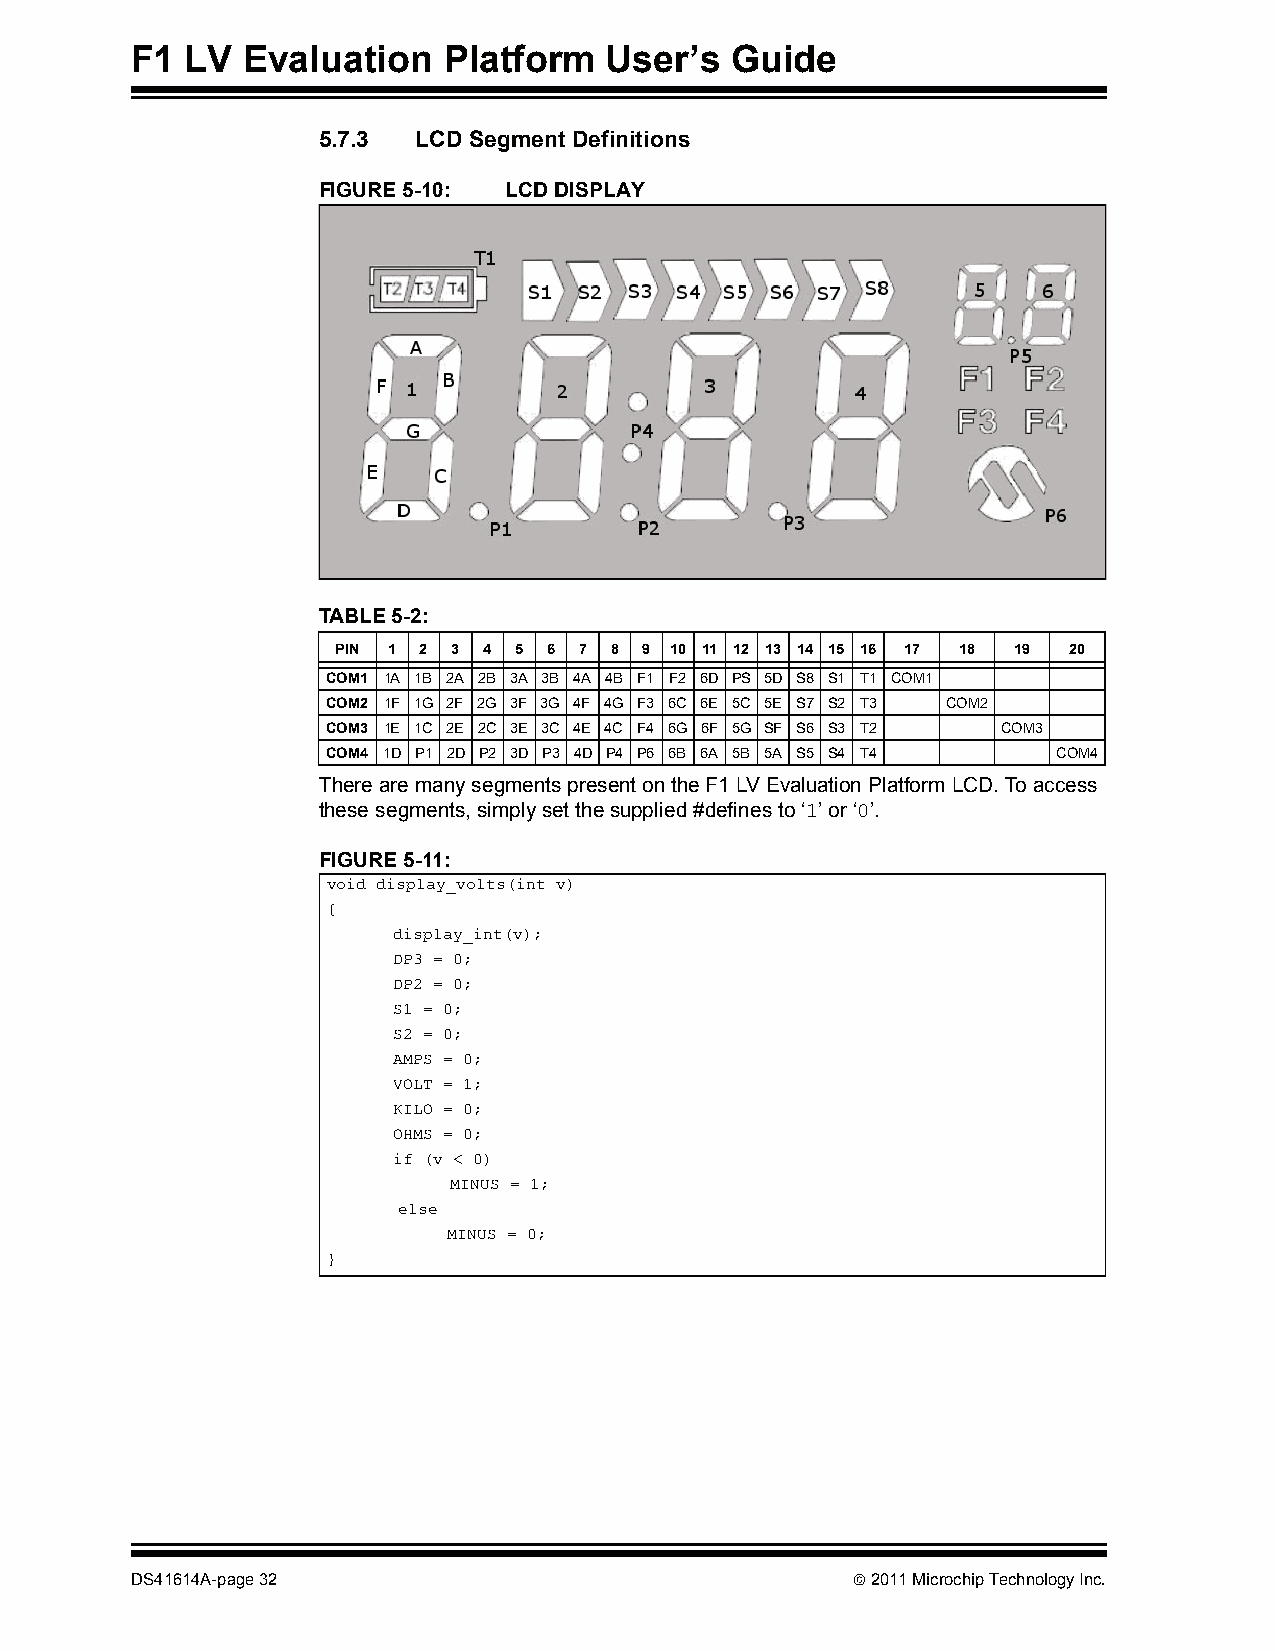
F1 LV  Evaluation   Platform   User’s  Guide
 5.7.3  LCD Segment Definitions
 FIGURE 5-10: LCD DISPLAY
 TABLE 5-2:
 PIN 1 2 3 4 5 6 7 8  9 10 11 12 13 14 15 16 17 18 19 20
 COM1 1A 1B 2A 2B 3A 3B 4A 4B F1 F2 6D PS 5D S8 S1 T1 COM1
 COM2 1F 1G 2F 2G 3F 3G 4F 4G F3 6C 6E 5C 5E S7 S2 T3 COM2
 COM3 1E 1C 2E 2C 3E 3C 4E 4C F4 6G 6F 5G SF S6 S3 T2 COM3
 COM4 1D P1 2D P2 3D P3 4D P4 P6 6B 6A 5B 5A S5 S4 T4 COM4
 There are many segments present on the F1 LV Evaluation Platform LCD. To access
 these segments, simply set the supplied #defines to ‘1’ or ‘0’.
 FIGURE 5-11:
 void display_volts(int v)
 {
 display_int(v);
 DP3 = 0;
 DP2 = 0;
 S1 = 0;
 S2 = 0;
 AMPS = 0;
 VOLT = 1;
 KILO = 0;
 OHMS = 0;
 if (v < 0)
 MINUS = 1;
 else
 MINUS = 0;
 }
 DS41614A-page 32                                2011 Microchip Technology Inc.